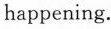
happening.